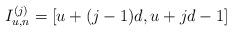
LaTeX: \begin{align*}I_{u,n}^{(j)} = [u+(j-1)d, u + jd - 1 ]\end{align*}